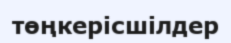
төңкерісшілдер